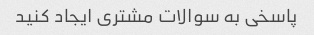
پاسخی به سوالات مشتری ایجاد کنید